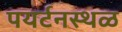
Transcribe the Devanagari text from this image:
पयर्टनस्थळ